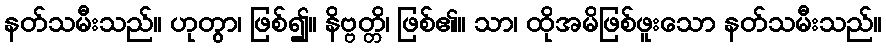
နတ်သမီးသည်။ ဟုတွာ၊ ဖြစ်၍။ နိဗ္ဗတ္တိ၊ ဖြစ်၏။ သာ၊ ထိုအမိဖြစ်ဖူးသော နတ်သမီးသည်။